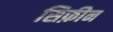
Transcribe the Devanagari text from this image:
सिफ़ीन